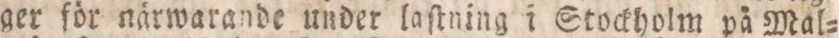
ger för närwarande under laſtning i Stockholm pä Mal=